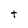
Character: t